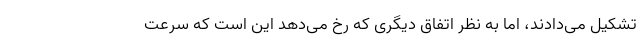
تشکیل می‌دادند، اما به نظر اتفاق دیگری که رخ می‌دهد این است که سرعت